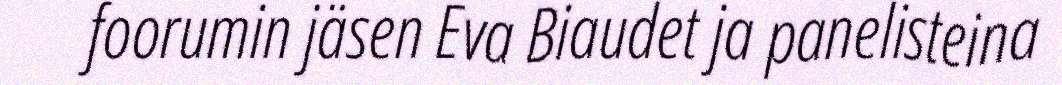
foorumin jäsen Eva Biaudet ja panelisteina